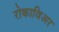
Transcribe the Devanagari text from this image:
रोकाविअर